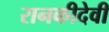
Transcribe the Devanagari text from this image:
रानकीदेवी